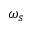
\omega _ { s }